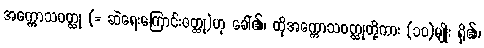
အက္ကောသဝတ္ထု (= ဆဲရေးကြောင်းဝတ္ထု)ဟု ခေါ်၏၊ ထိုအက္ကောသဝတ္ထုတို့ကား (၁၀)မျိုး ရှိ၏၊